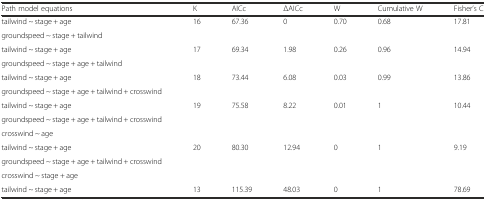
<table><thead><tr><td><b>Path model equations</b></td><td><b>K</b></td><td><b>AICc</b></td><td><b>ΔAICc</b></td><td><b>W</b></td><td><b>Cumulative W</b></td><td><b>Fisher’s C</b></td></tr></thead><tbody><tr><td>tailwind ~ stage + age</td><td rowspan="2">16</td><td rowspan="2">67.36</td><td rowspan="2">0</td><td rowspan="2">0.70</td><td rowspan="2">0.68</td><td rowspan="2">17.81</td></tr><tr><td>groundspeed ~ stage + tailwind</td></tr><tr><td>tailwind ~ stage + age</td><td rowspan="2">17</td><td rowspan="2">69.34</td><td rowspan="2">1.98</td><td rowspan="2">0.26</td><td rowspan="2">0.96</td><td rowspan="2">14.94</td></tr><tr><td>groundspeed ~ stage + age + tailwind</td></tr><tr><td>tailwind ~ stage + age</td><td rowspan="2">18</td><td rowspan="2">73.44</td><td rowspan="2">6.08</td><td rowspan="2">0.03</td><td rowspan="2">0.99</td><td rowspan="2">13.86</td></tr><tr><td>groundspeed ~ stage + age + tailwind + crosswind</td></tr><tr><td>tailwind ~ stage + age</td><td rowspan="3">19</td><td rowspan="3">75.58</td><td rowspan="3">8.22</td><td rowspan="3">0.01</td><td rowspan="3">1</td><td rowspan="3">10.44</td></tr><tr><td>groundspeed ~ stage + age + tailwind + crosswind</td></tr><tr><td>crosswind ~ age</td></tr><tr><td>tailwind ~ stage + age</td><td rowspan="3">20</td><td rowspan="3">80.30</td><td rowspan="3">12.94</td><td rowspan="3">0</td><td rowspan="3">1</td><td rowspan="3">9.19</td></tr><tr><td>groundspeed ~ stage + age + tailwind + crosswind</td></tr><tr><td>crosswind ~ stage + age</td></tr><tr><td>tailwind ~ stage + age</td><td>13</td><td>115.39</td><td>48.03</td><td>0</td><td>1</td><td>78.69</td></tr></tbody></table>